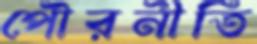
পৌরনীতি